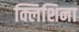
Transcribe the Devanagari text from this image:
क्लिशिना